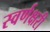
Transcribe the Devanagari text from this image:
स्वर्णक्षरी